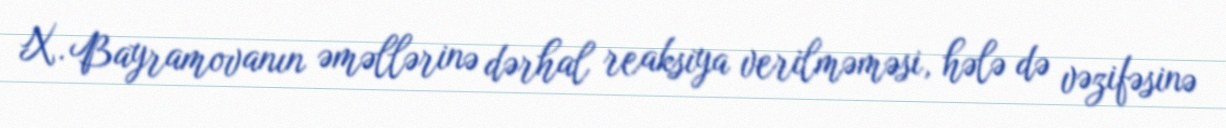
X. Bayramovanın əməllərinə dərhal reaksiya verilməməsi, hələ də vəzifəsinə